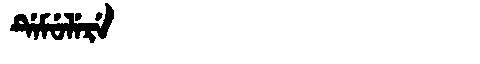
Manchu: ᡩᡝᠮᡠᠯᡝᡵᡝ
Romanization: DEMULERE